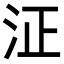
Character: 泟